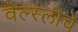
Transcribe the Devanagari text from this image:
वेल्स्लीचे